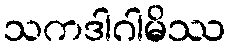
သကဒါဂါမိဿ